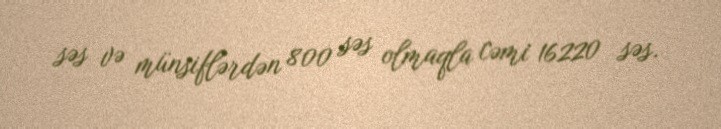
səs və münsiflərdən 800 səs olmaqla cəmi 16220 səs.